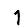
Digit: 1